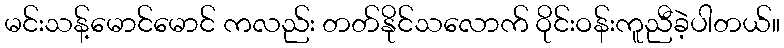
မင်းသန့်မောင်မောင် ကလည်း တတ်နိုင်သလောက် ဝိုင်းဝန်းကူညီခဲ့ပါတယ်။